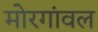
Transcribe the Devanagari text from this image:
मोरगांवल